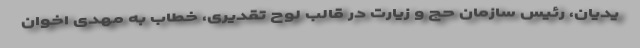
یدیان، رئیس سازمان حج و زیارت در قالب لوح تقدیری، خطاب به مهدی اخوان